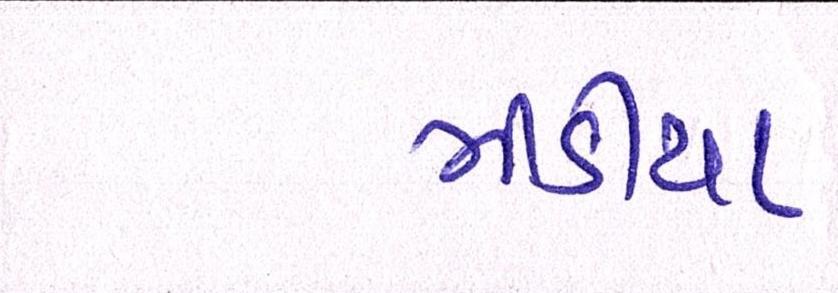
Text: મીડીયા